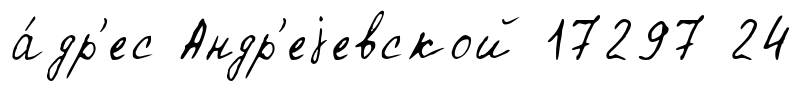
а́др'ес Андр'еjевской 17297 24